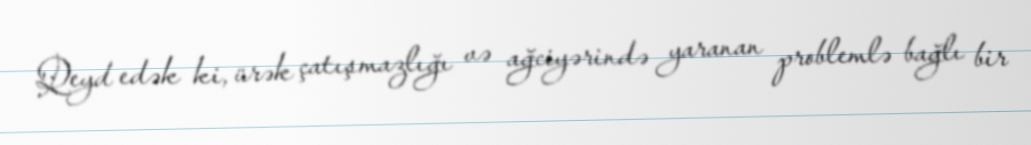
Qeyd edək ki, ürək çatışmazlığı və ağciyərində yaranan problemlə bağlı bir